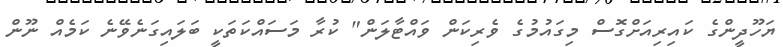
ޔަހޫދީންގެ ކައިރިއަށްގޮސް މިގައުމުގެ ވެރިކަން ވައްޓާލަން" ކުރާ މަސައްކަތަކީ ބަލައިގަނެވޭނެ ކަމެއް ނޫން